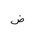
Letter: _dad